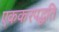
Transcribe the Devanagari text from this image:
एककरपद्धति